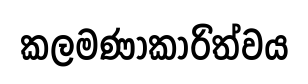
කලමණාකාරිත්වය